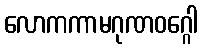
လောကကာမဂုဏဝဂ္ဂေါ